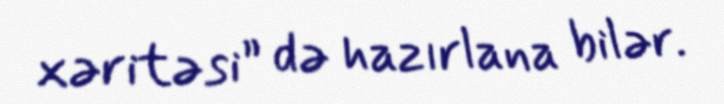
xəritəsi” də hazırlana bilər.